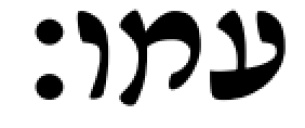
עמו׃